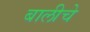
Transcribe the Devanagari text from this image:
बालीचे